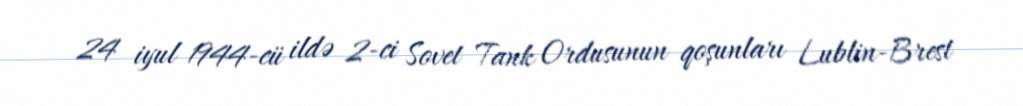
24 iyul 1944-cü ildə 2-ci Sovet Tank Ordusunun qoşunları Lublin-Brest